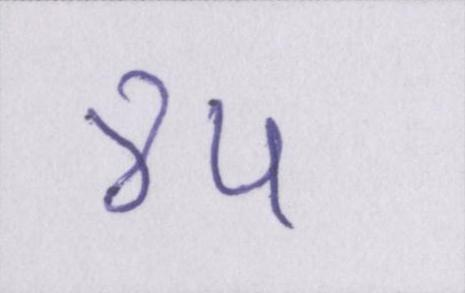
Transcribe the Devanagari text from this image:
४५